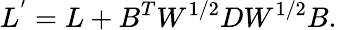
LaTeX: L^{'}=L+B^{T}W^{1/2}DW^{1/2}B.